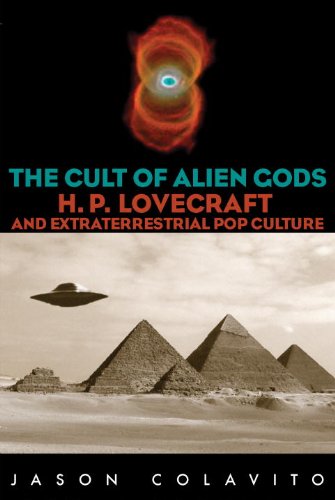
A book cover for The Cult of Alien Gods: H.P. Lovecraft And Extraterrestrial Pop Culture; Jason Colavito; Science Fiction & Fantasy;